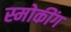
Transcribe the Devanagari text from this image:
स्मोकींग